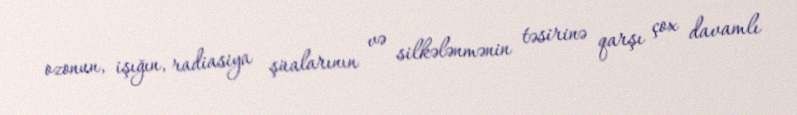
ozonun, işığın, radiasiya şüalarının və silkələnmənin təsirinə qarşı çox davamlı